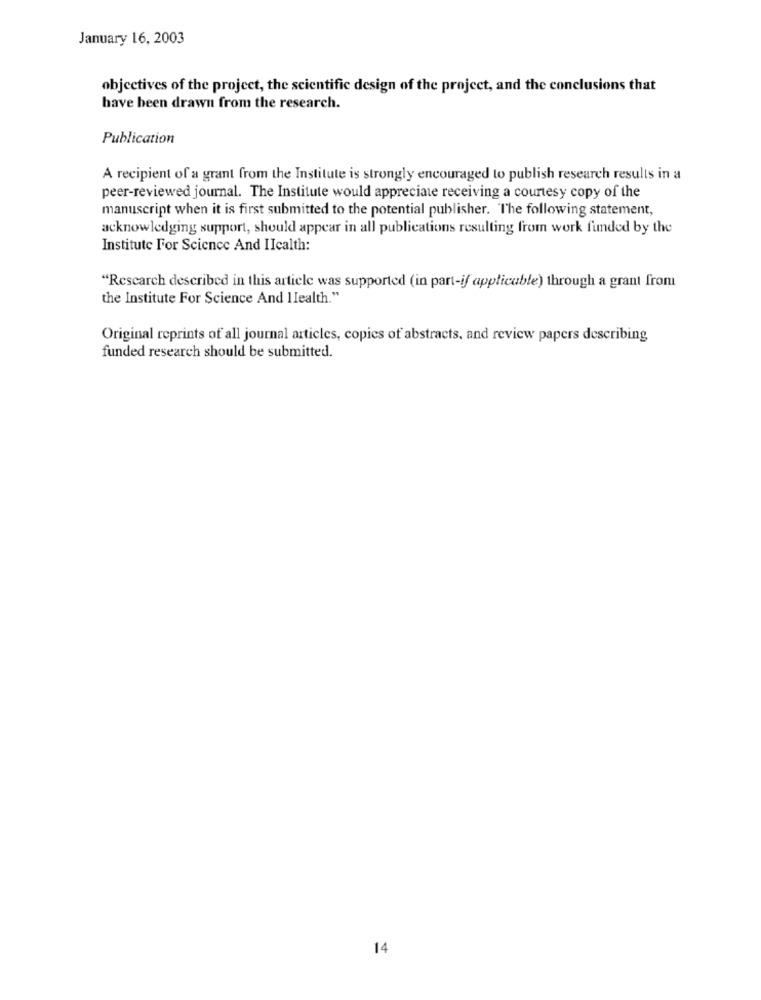
January 16, 2003
objectives of the project, the scientific design of the project, and the conclusions that
have been drawn from the research.
Publication
A recipient of a grant from the Institute is strongly encouraged to publish research results in a
peer-reviewed journal. The Institute would appreciate receiving a courtesy copy of the
manuscript when it is first submitted to the potential publisher. The following statement,
acknowledging support, should appear in all publications resulting from work funded by the
Institute For Science And IIcalth:
"Rescarch described in this article was supported (in part-if applicable) through a grant from
the Institute For Science And Ilealth."
Original reprints of all journal articles, copies of abstracts, and review papers describing
funded research should be submitted.
14